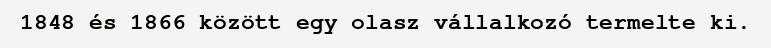
1848 és 1866 között egy olasz vállalkozó termelte ki.